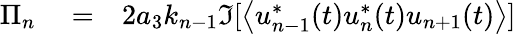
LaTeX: \begin{array}{rlr}{\Pi_{n}}&{{}=}&{2a_{3}k_{n-1}\Im[\left\langle u_{n-1}^{*}(t)u_{n}^{*}(t)u_{n+1}(t)\right\rangle]}\end{array}